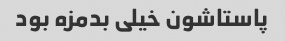
پاستاشون خیلی بدمزه بود